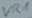
Text: VR1